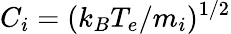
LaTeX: C_{i}=(k_{B}T_{e}/m_{i})^{1/2}